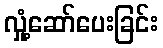
လှုံ့ဆော်ပေးခြင်း